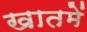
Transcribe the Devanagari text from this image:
खातमें